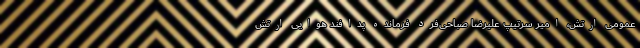
عمومی ارتش، امیر سرتیپ علیرضا صباحی‌فرد فرمانده پدافند هوایی ارتش